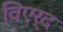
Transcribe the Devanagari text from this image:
विएर्द